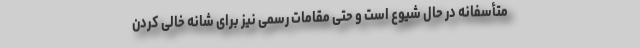
متأسفانه در حال شیوع است و حتی مقامات رسمی نیز برای شانه خالی کردن